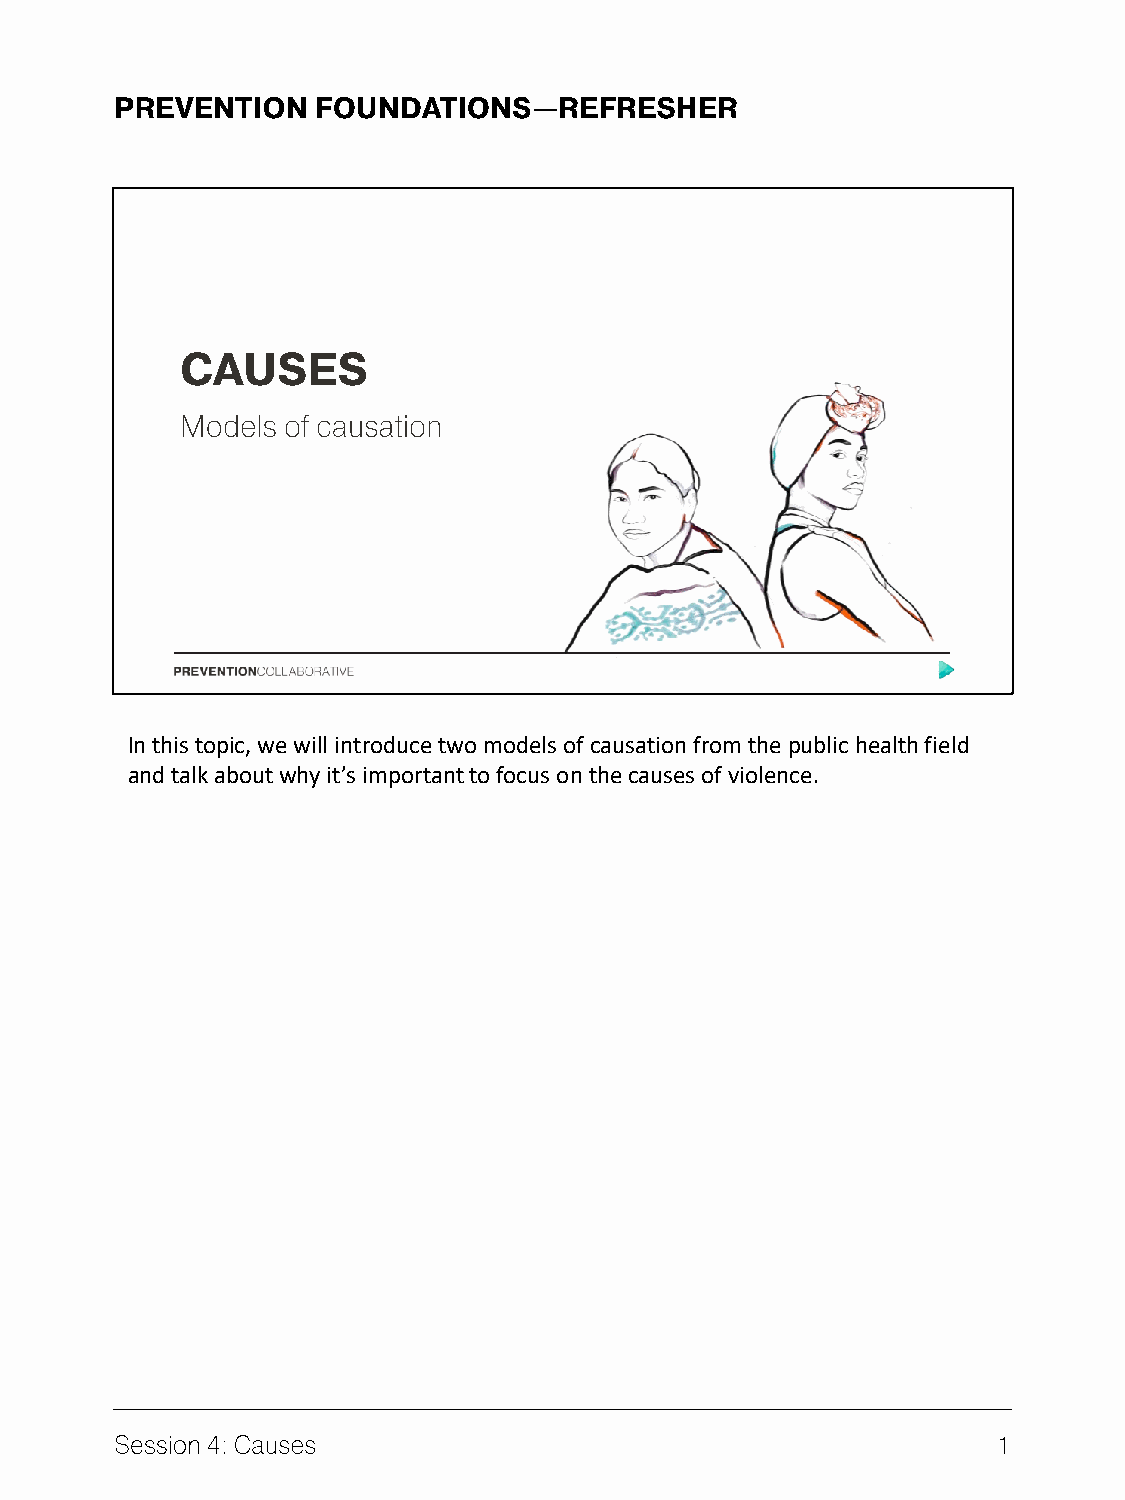
In this topic, we will introduce two models of causation from the public health field
 and talk about why it’s important to focus on the causes of violence.